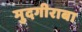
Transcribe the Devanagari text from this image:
मुदगीराबा